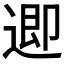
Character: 𮞲